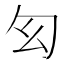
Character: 𠣎